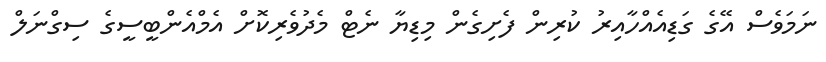
ނަމަވެސް އޭގެ ގަޑިއެއްހާއިރު ކުރިން ފެށިގެން މިޑިޔާ ނެޓް މެދުވެރިކޮށް އެމްއެންބީސީގެ ސިގްނަލް